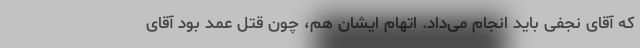
که آقای نجفی باید انجام می‌داد. اتهام ایشان هم، چون قتل عمد بود آقای